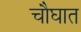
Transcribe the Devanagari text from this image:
चौघात